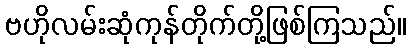
ဗဟိုလမ်းဆုံကုန်တိုက်တို့ဖြစ်ကြသည်။